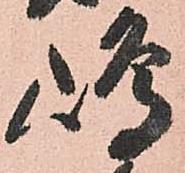
嶋